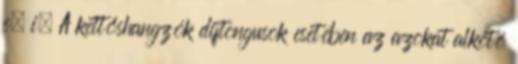
e, i. A kettőshangzók diftongusok esetében az azokat alkotó